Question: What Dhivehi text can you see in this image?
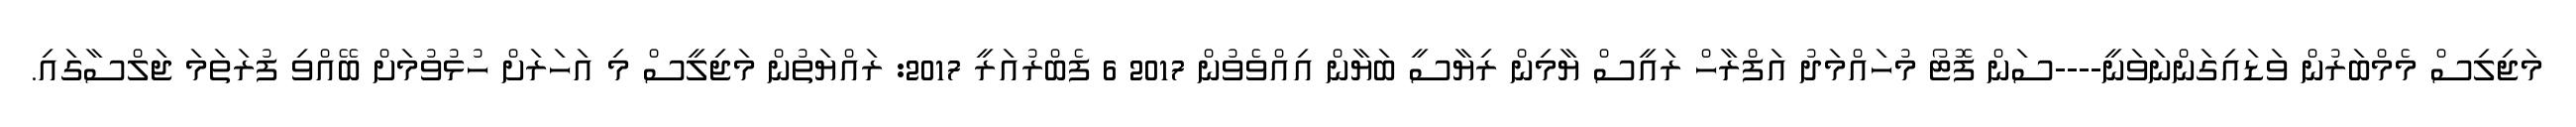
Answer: މަޖިލިސް މެމްބަރުން ވަޑައިގަންނަވަނީ----ސަން ފޮޓޯ މުހައްމަދު އަފްރާހް ރައީސް ޔާމިން ރިޔާސީ ބަޔާން އިއްވެވުން 2017 6 ފެބްރުއަރީ 2017: ރައްޔަތުން މަޖިލީސް މި އަހަރަށް ހުޅުވުމަށް ބޭއްވި ފުރަތަމަ ޖަލްސާގައި.